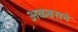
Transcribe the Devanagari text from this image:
अकबराचे